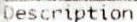
DESCRIPTION